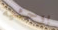
بوحشية